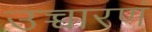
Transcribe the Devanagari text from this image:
उच्चारणं